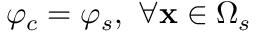
\varphi _ { c } = \varphi _ { s } , \ \forall \mathbf { x } \in \Omega _ { s }